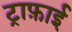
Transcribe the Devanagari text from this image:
ट्राफ़ाई